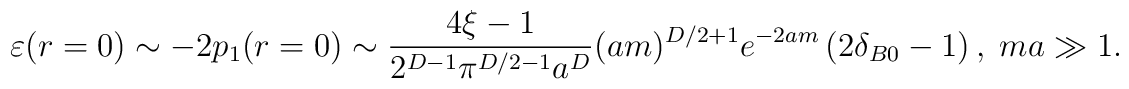
\varepsilon (r=0)\sim -2p_{1}(r=0)\sim \frac{4\xi -1}{2^{D-1}\pi^{D/2-1}a^{D}}(am)^{D/2+1}e^{-2am}\left( 2\delta _{B0}-1\right) ,\;ma\gg 1.